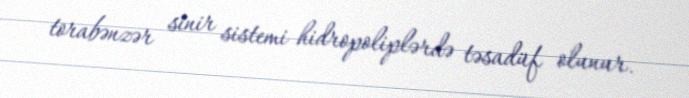
torabənzər sinir sistemi hidropoliplərdə təsadüf olunur.